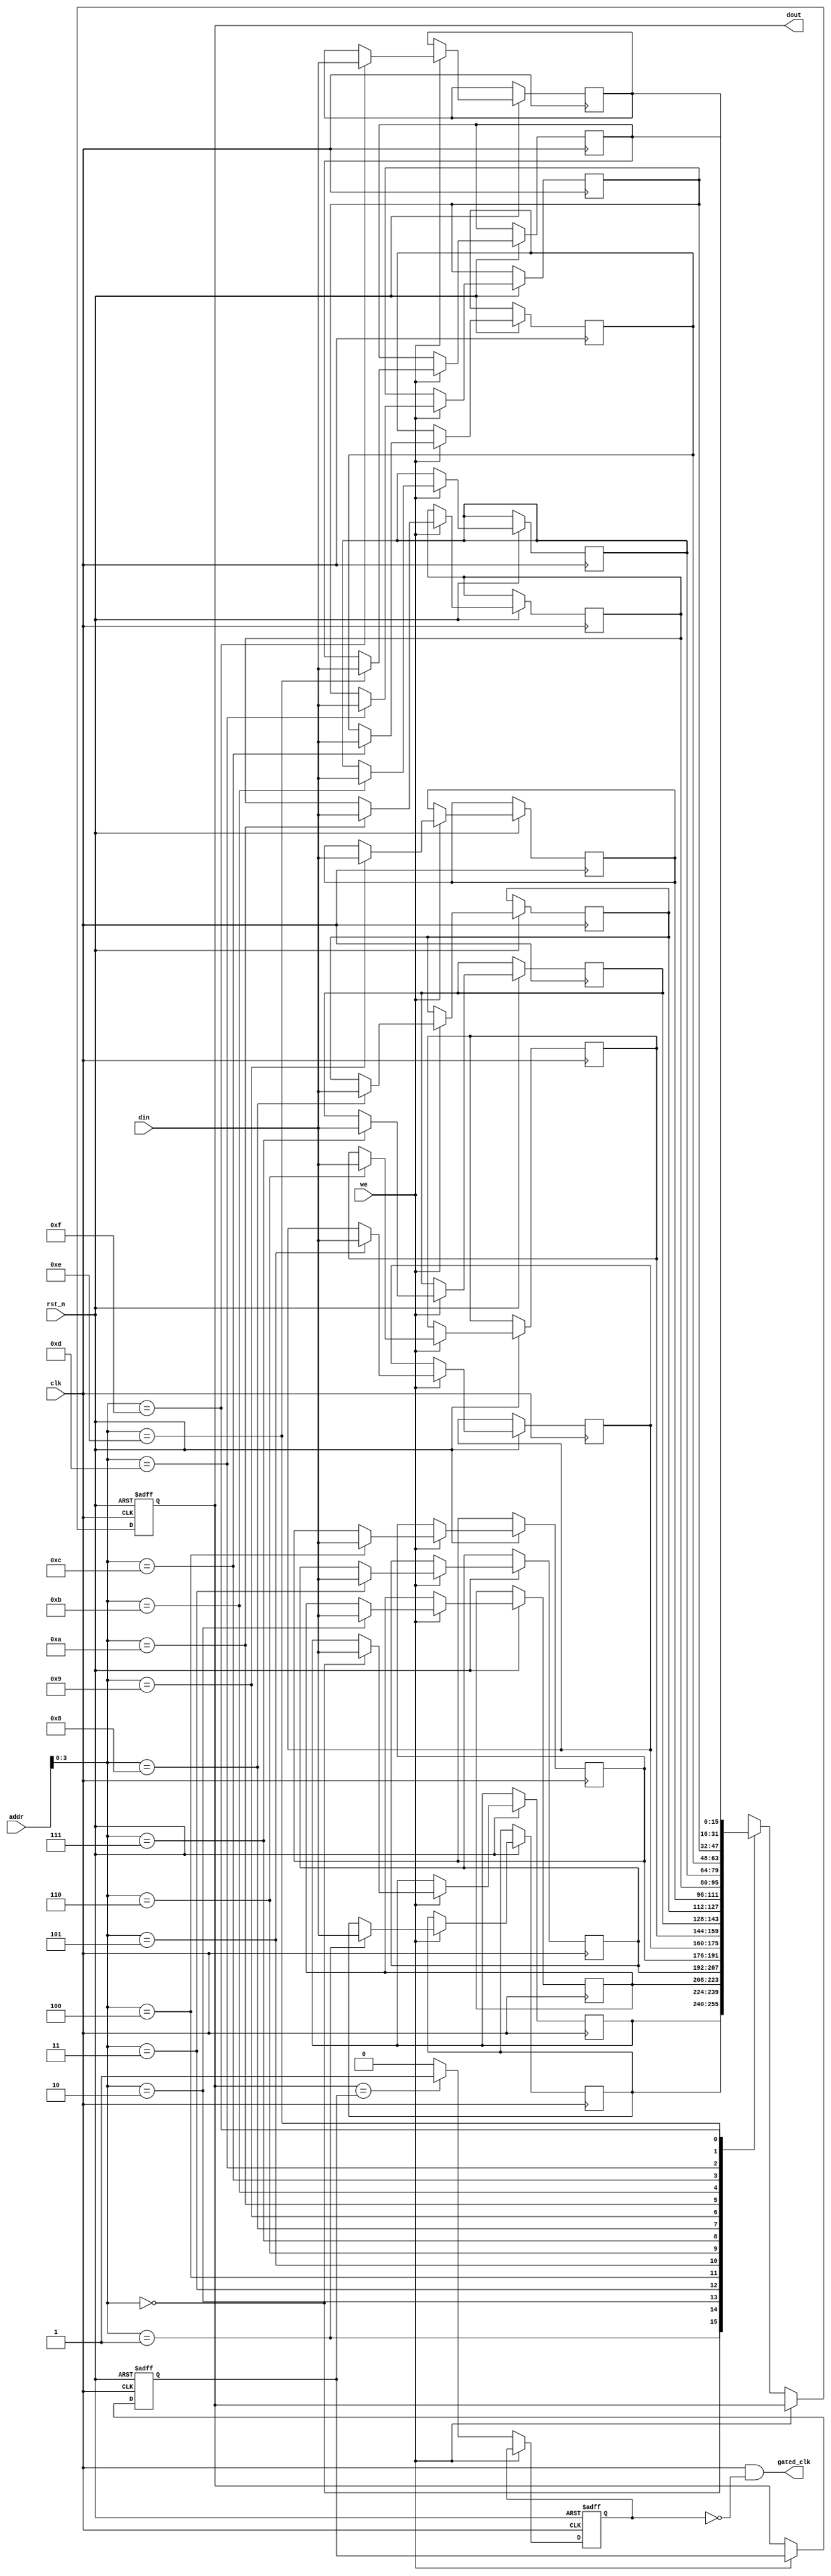
module memory_block (
    input wire clk,               // Main clock signal
    input wire rst_n,             // Active low reset signal
    input wire [7:0] addr,        // Address input
    input wire we,                // Write enable signal
    input wire [15:0] din,        // Data input for write operations
    output reg [15:0] dout,       // Data output for read operations
    output wire gated_clk         // Gated clock output
);

    // Memory array (16x16 bits)
    reg [15:0] memory_array [0:15];

    // Internal signals
    reg [15:0] last_dout;         // Last output data
    reg output_stable;            // Output stability flag
    wire clk_en;                  // Clock enable signal

    // Output logic to determine if output data is changing
    always @(posedge clk or negedge rst_n) begin
        if (!rst_n) begin
            dout <= 16'b0;
            last_dout <= 16'b0;
            output_stable <= 1'b1;
        end else begin
            if (we) begin
                // Write operation
                memory_array[addr] <= din;
            end else begin
                // Read operation
                dout <= memory_array[addr];
                // Check if output data is stable
                if (dout == last_dout) begin
                    output_stable <= 1'b1; // Output is stable
                end else begin
                    output_stable <= 1'b0; // Output is changing
                end
                last_dout <= dout; // Update last output
            end
        end
    end

    // Clock gating control logic
    assign clk_en = !output_stable; // Enable clock if output is changing

    // Gated clock output
    assign gated_clk = clk & clk_en;

endmodule